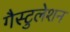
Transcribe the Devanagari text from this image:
गैस्टुलेशन